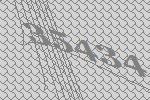
35434